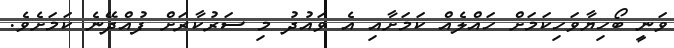
ވަނީ ބޯހިޔާވަހިކަމަށް ހައްލެއް ކަމަށާއި އެ ވައުދު މި ސަރުކާރަށް ފުއްދޭނެ ކަމަށެވެ.